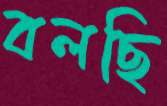
বলছি